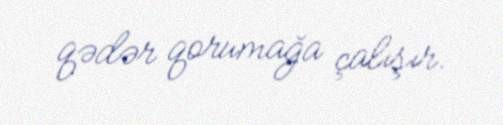
qədər qorumağa çalışır.